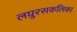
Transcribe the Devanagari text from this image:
लघुरसकलिका